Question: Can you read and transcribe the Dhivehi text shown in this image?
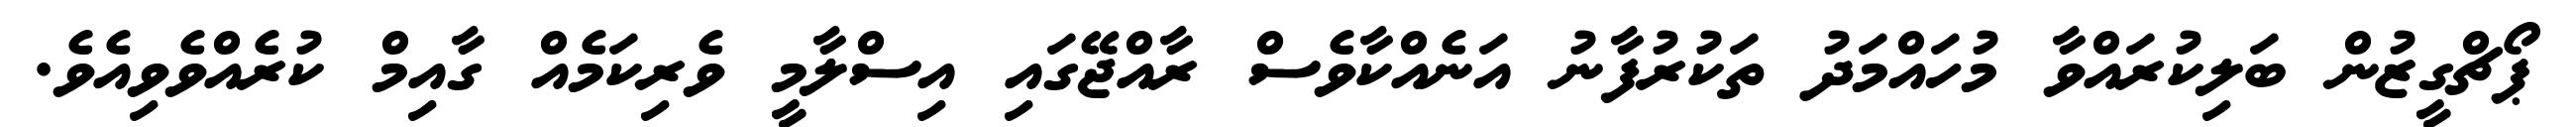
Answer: ޕޯޗްގީޒުން ބަލިކުރައްވާ މުހައްމަދު ތަކުރުފާނު އަނެއްކާވެސް ރާއްޖޭގައި އިސްލާމީ ވެރިކަމެއް ގާއިމް ކުރެއްވެވިއެވެ.